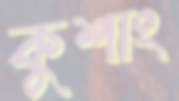
কুশাং